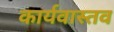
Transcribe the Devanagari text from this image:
कार्यवास्तव